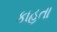
કાહતા